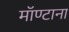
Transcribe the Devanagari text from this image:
मॉण्टाना